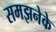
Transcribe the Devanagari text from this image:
समझनेके